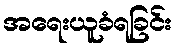
အရေးယူခံရခြင်း